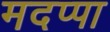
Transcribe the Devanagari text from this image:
मदप्पा